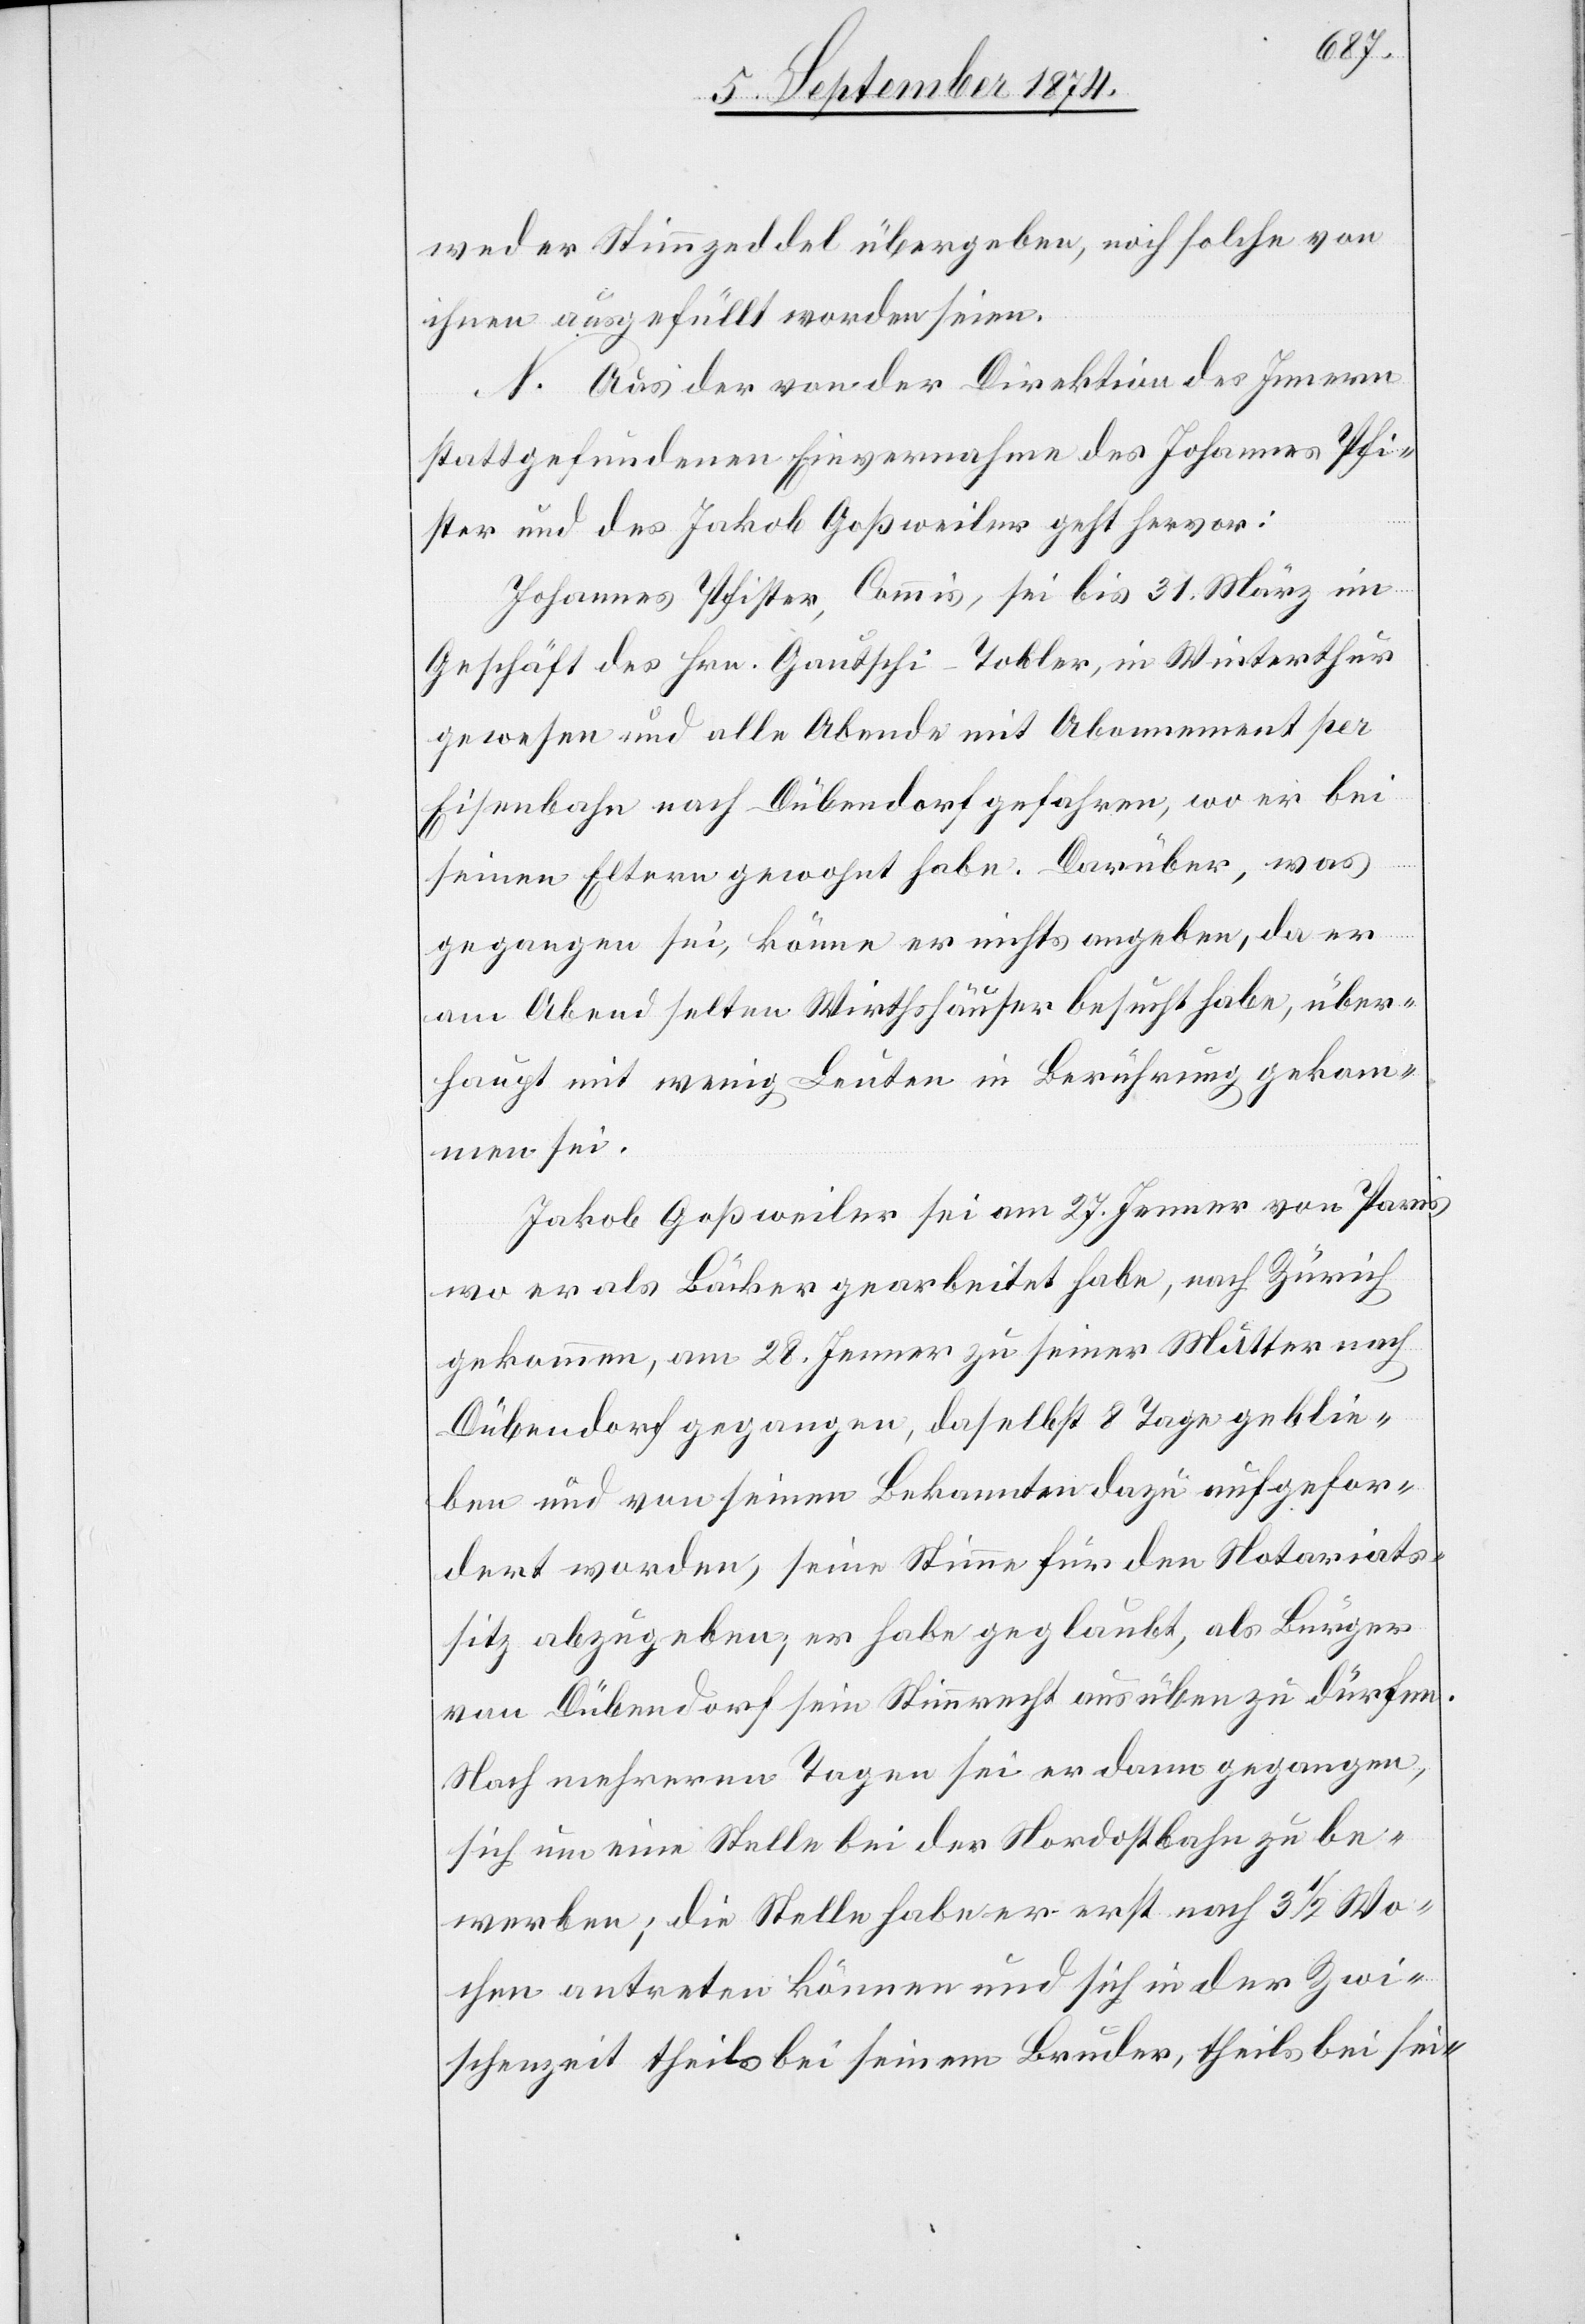
weder Stimmzeddel übergeben, noch solche von
ihnen ausgefüllt worden seien.
N. Aus der von der Direktion des Innern
stattgefundenen Einvernahme des Johannes Pfi¬
ster und des Jakob Goßweiler geht hervor:
Johannes Pfister, Commis, sei bis 31. März im
Geschäft des Hrn. Gautschi-Tobler, in Winterthur
gewesen und alle Abende mit Abonnement per
Eisenbahn nach Dübendorf gefahren, wo er bei
seinen Eltern gewohnt habe. Darüber, was
gegangen sei, könne er nichts angeben, da er
am Abend selten Wirthshäuser besucht habe, über¬
haupt mit wenig Leuten in Berührung gekom¬
men sei.
Jakob Goßweiler sei am 27. Jenner von Paris,
wo er als Bäcker gearbeitet habe, nach Zürich
gekommen, am 28. Jenner zu seiner Mutter nach
Dübendorf gegangen, daselbst 8 Tage geblie¬
ben und von seinen Bekannten dazu aufgefor¬
dert worden, seine Stimme für den Notariats¬
sitz abzugeben, er habe geglaubt, als Bürger
von Dübendorf sein Stimmrecht ausüben zu dürfen.
Nach mehreren Tagen sei er dann gegangen,
sich um eine Stelle bei der Nordostbahn zu be¬
werben; die Stelle habe er erst nach 3 1/2 Wo¬
chen antreten können und sich in der Zwi¬
schenzeit theils bei seinem Bruder, theils bei sei-